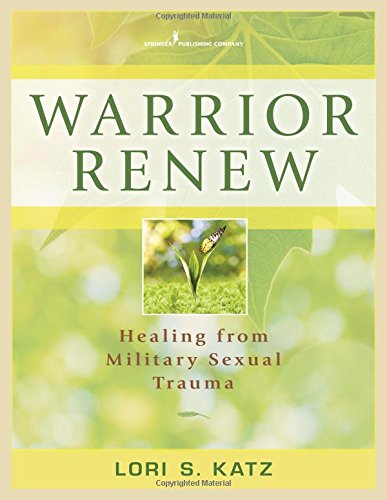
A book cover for Warrior Renew: Healing From Military Sexual Trauma; Lori S. Katz Ph.D.; Self-Help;